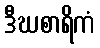
ဒီဃစာရိကံ